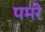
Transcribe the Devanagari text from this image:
पमरे